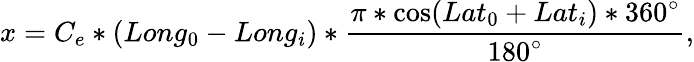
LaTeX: x=C_{e}*(Long_{0}-Long_{i})*\frac{\pi*\cos(Lat_{0}+Lat_{i})*360^{\circ}}{180^{\circ}},